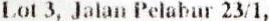
LOT 3, JALAN PELABUR 23/1,